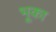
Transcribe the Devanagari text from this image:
भूका